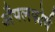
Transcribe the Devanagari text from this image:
अँपलफोर्थ